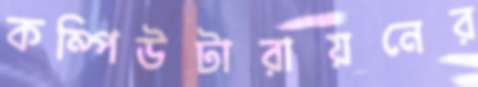
কম্পিউটারায়নের